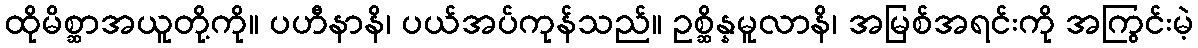
ထိုမိစ္ဆာအယူတို့ကို။ ပဟီနာနိ၊ ပယ်အပ်ကုန်သည်။ ဥစ္ဆိန္နမူလာနိ၊ အမြစ်အရင်းကို အကြွင်းမဲ့